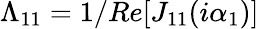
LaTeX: \Lambda_{11}=1/Re[J_{11}(i\alpha_{1})]